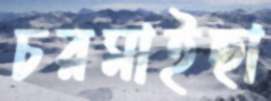
চরমাইছা